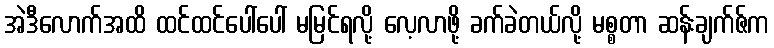
အဲဒီလောက်အထိ ထင်ထင်ပေါ်ပေါ် မမြင်ရလို့ လေ့လာဖို့ ခက်ခဲတယ်လို့ မစ္စတာ ဆန်းချက်ဇ်က